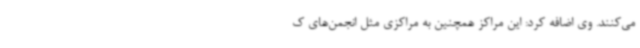
می‌کنند. وی اضافه کرد: این مراکز همچنین به مراکزی مثل انجمن‌های ک